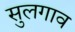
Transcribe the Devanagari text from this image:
सुलगाव